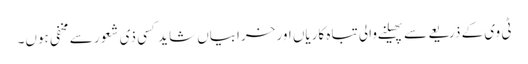
ٹی وی کے ذریعے سے پھیلنے والی تباہ کاریاں اور خرابیاں شاید کسی ذی شعور سے مخفی ہوں۔